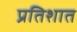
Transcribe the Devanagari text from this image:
प्रतिशात